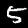
Digit: 5